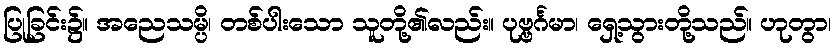
ပြုခြင်း၌။ အညေသမ္ပိ၊ တစ်ပါးသော သူတို့၏လည်း။ ပုဗ္ဗင်္ဂမာ၊ ရှေ့သွားတို့သည်။ ဟုတွာ၊